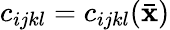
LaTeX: c_{ijkl}=c_{ijkl}(\bar{\mathbf x})